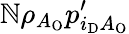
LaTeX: \mathbb{N}\rho_{A_{\mathrm{{O}}}}p_{i_{\mathrm{{D}}}A_{\mathrm{{O}}}}^{\prime}